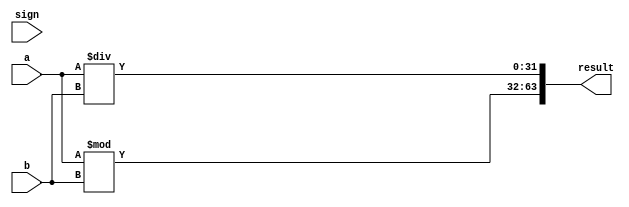
`timescale 1ns / 1ps

module DIV(
    input [31:0] a,
    input [31:0] b,
    input sign,
    //output [31:0] data_r,
    //output [31:0] data_q
    output [63:0] result
    );
    
    wire signed [31:0]t_a;
    wire signed [31:0]t_b;
    wire [31:0] temp_q;
    wire [31:0] temp_r;
    assign t_a=a;
    assign t_b=b;

    assign temp_r = sign ? t_a % t_b : a % b;
    assign temp_q = sign ? t_a / t_b : a / b;
    assign result = {temp_r , temp_q};
endmodule